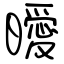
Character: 曖